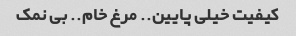
کیفیت خیلی پایین‌.. مرغ خام.. بی نمک